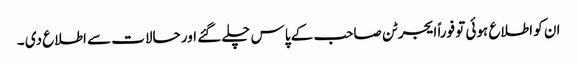
ان کو اطلاع ہوئی تو فوراً ایجرٹن صاحب کے پاس چلے گئے اور حالات سے اطلاع دی ۔